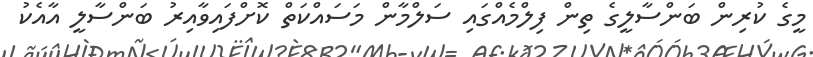
މީގެ ކުރިން ބަންސާލީގެ ތިން ފިލްމެއްގައި ސަލްމާން މަސައްކަތް ކޮށްފައިވާއިރު ބަންސާލީ އާއެކު